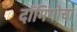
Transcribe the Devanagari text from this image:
दॉमिंगोचा